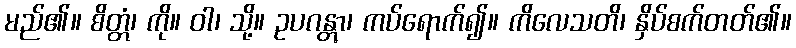
မည်၏။ စိတ္တံ၊ ကို။ ဝါ၊ သို့။ ဥပဂန္တွာ၊ ကပ်ရောက်၍။ ကိလေသတိ၊ နှိပ်စက်တတ်၏။